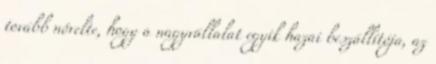
tovább növelte, hogy a nagyvállalat egyik hazai beszállítója, az